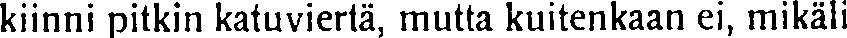
kiinni pitkin katuviertä, mutta kuitenkaan ei, mikäli